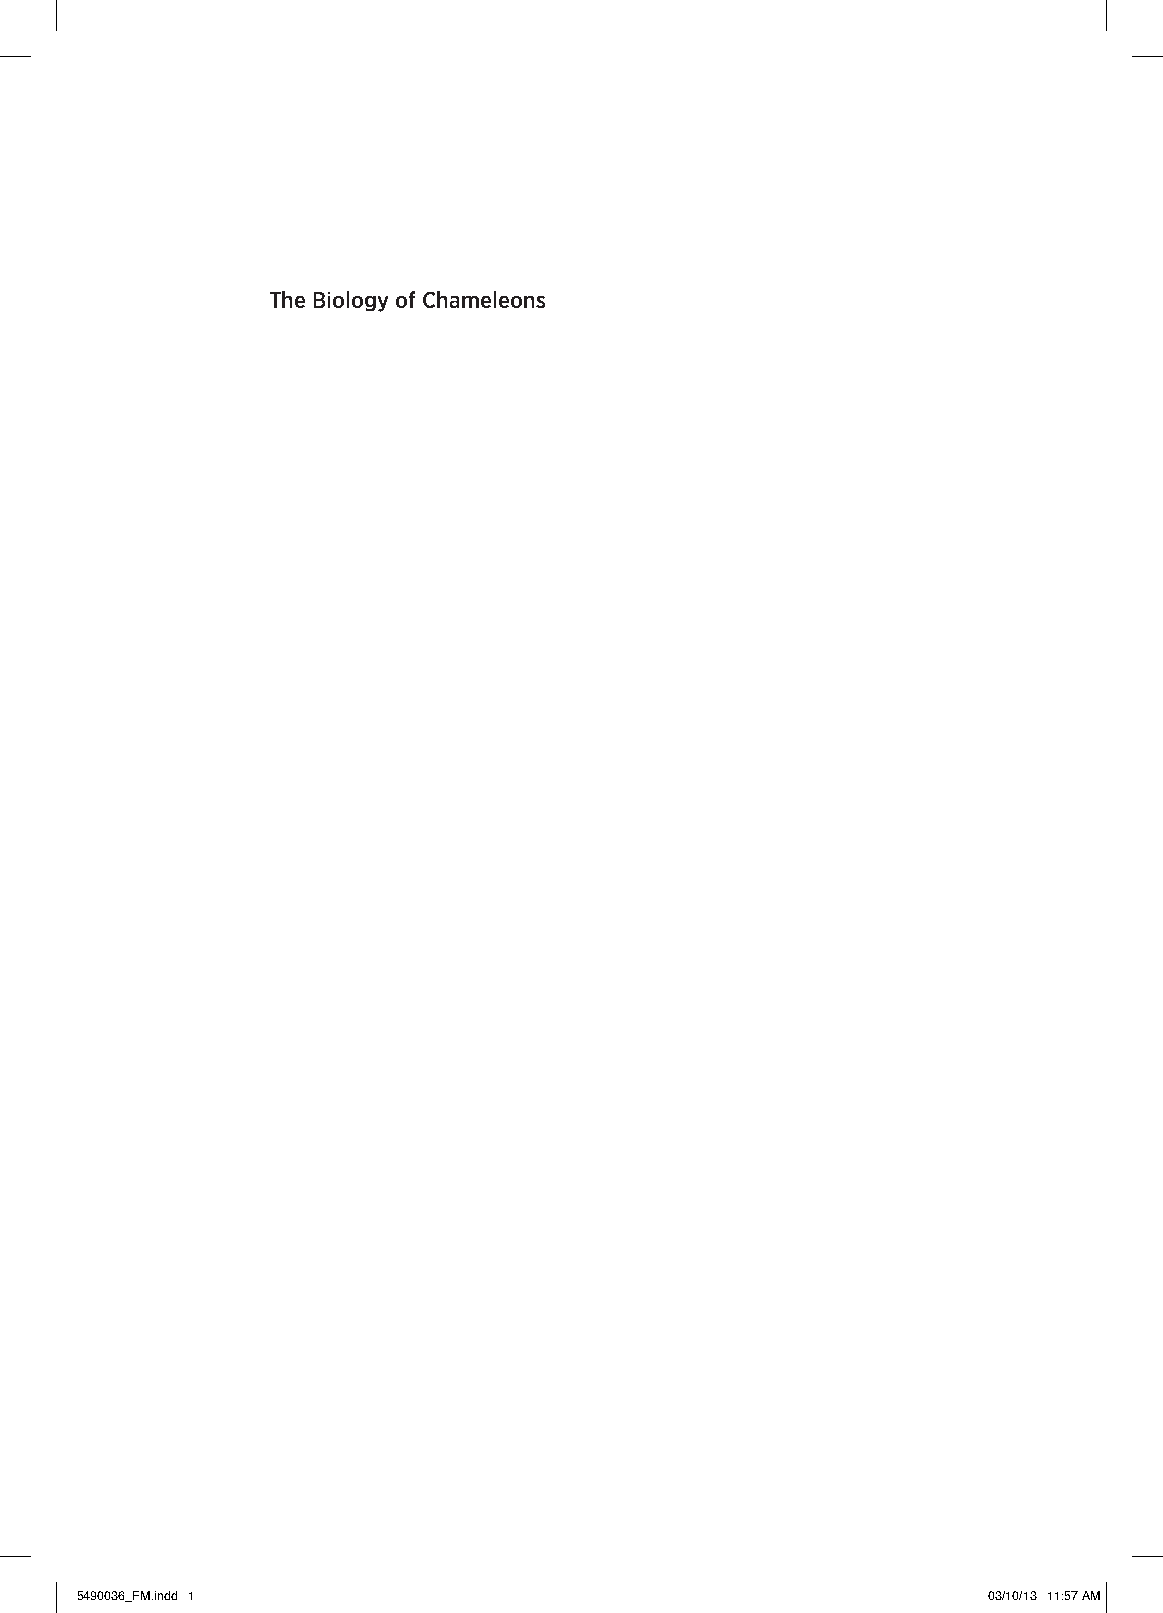
The Biology of Chameleons
 5490036_FM.indd 1                                           03/10/13 11:57 AM